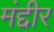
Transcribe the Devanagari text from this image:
मंद्दीर